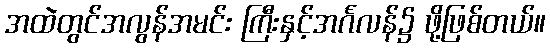
အထဲတွင်အလွန်အမင်း ကြီးနှင့်အင်္ဂလန်၌ ဖို့ဖြစ်တယ်။